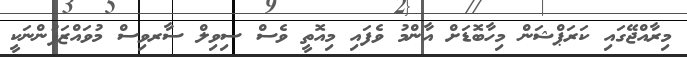
މިރާއްޖޭގައި ކަރަޕްޝަން މިހާބޮޑަށް އާންމު ވެފައި މިއޮތީ ވެސް ސިވިލް ސާރވިސް މުވައްޒަފުންނަކީ